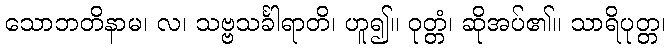
သောဘတိနာမ၊ လ၊ သဗ္ဗသင်္ခါရာတိ၊ ဟူ၍။ ဝုတ္တံ၊ ဆိုအပ်၏။ သာရိပုတ္တ၊